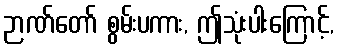
ဉာဏ်တော် စွမ်းပကား, ဤသုံးပါးကြောင့်,